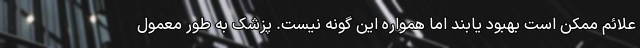
علائم ممکن است بهبود یابند اما همواره این گونه نیست. پزشک به طور معمول